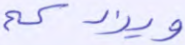
ويزدكم